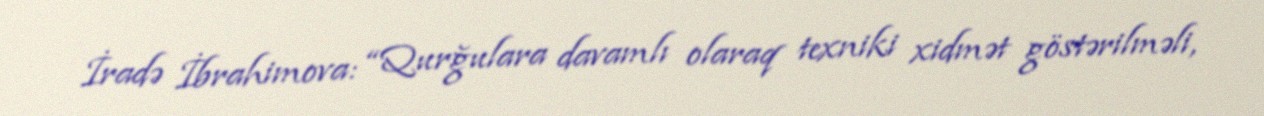
İradə İbrahimova: “Qurğulara davamlı olaraq texniki xidmət göstərilməli,